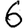
Digit: 6